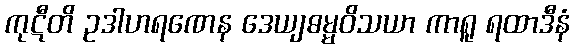
ကုဋီတိ ဥဒါဟရဏေန ဒေယျဓမ္မဝိသယာ ကာရူ ရထာဒီနံ